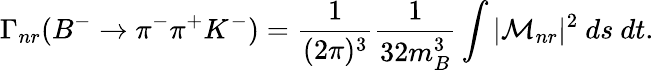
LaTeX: \Gamma_{nr}(B^{-}\to\pi^{-}\pi^{+}K^{-})=\frac{1}{(2\pi)^{3}}\frac{1}{32m_{B}^{3}}\int|{\cal M}_{nr}|^{2}~ds~dt.